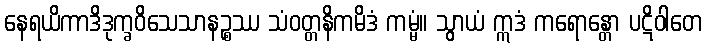
နေရယိကာဒိဒုက္ခဝိသေသာနဉ္စဿ သံဝတ္တနိကမိဒံ ကမ္မံ။ သွာယံ ဣဒံ ကရောန္တော ပဋိဝါတေ